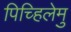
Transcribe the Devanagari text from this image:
पिच्हिलेमु